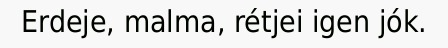
Erdeje, malma, rétjei igen jók.